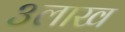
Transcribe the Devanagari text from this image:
३लाख